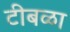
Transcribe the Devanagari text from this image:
टीबळा